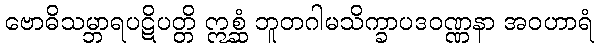
ဗောဓိသမ္ဘာရပဋိပတ္တိ ဣစ္ဆံ ဘူတဂါမသိက္ခာပဒဝဏ္ဏနာ အဝဟာရံ